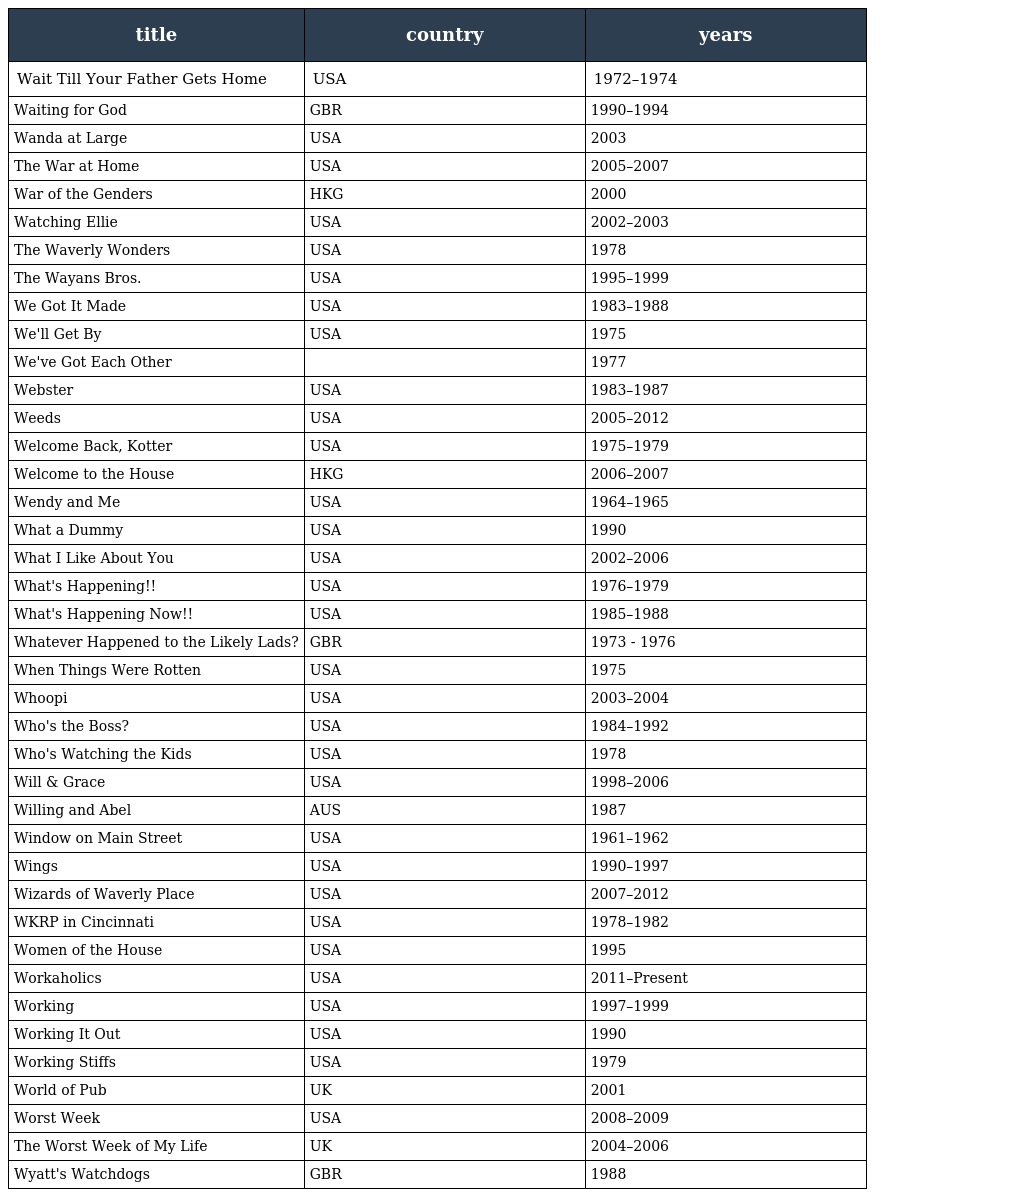
| title | country | years |
 | --- | --- | --- |
 | Wait Till Your Father Gets Home | USA | 1972–1974 |
 | Waiting for God | GBR | 1990–1994 |
 | Wanda at Large | USA | 2003 |
 | The War at Home | USA | 2005–2007 |
 | War of the Genders | HKG | 2000 |
 | Watching Ellie | USA | 2002–2003 |
 | The Waverly Wonders | USA | 1978 |
 | The Wayans Bros. | USA | 1995–1999 |
 | We Got It Made | USA | 1983–1988 |
 | We'll Get By | USA | 1975 |
 | We've Got Each Other |  | 1977 |
 | Webster | USA | 1983–1987 |
 | Weeds | USA | 2005–2012 |
 | Welcome Back, Kotter | USA | 1975–1979 |
 | Welcome to the House | HKG | 2006–2007 |
 | Wendy and Me | USA | 1964–1965 |
 | What a Dummy | USA | 1990 |
 | What I Like About You | USA | 2002–2006 |
 | What's Happening!! | USA | 1976–1979 |
 | What's Happening Now!! | USA | 1985–1988 |
 | Whatever Happened to the Likely Lads? | GBR | 1973 - 1976 |
 | When Things Were Rotten | USA | 1975 |
 | Whoopi | USA | 2003–2004 |
 | Who's the Boss? | USA | 1984–1992 |
 | Who's Watching the Kids | USA | 1978 |
 | Will & Grace | USA | 1998–2006 |
 | Willing and Abel | AUS | 1987 |
 | Window on Main Street | USA | 1961–1962 |
 | Wings | USA | 1990–1997 |
 | Wizards of Waverly Place | USA | 2007–2012 |
 | WKRP in Cincinnati | USA | 1978–1982 |
 | Women of the House | USA | 1995 |
 | Workaholics | USA | 2011–Present |
 | Working | USA | 1997–1999 |
 | Working It Out | USA | 1990 |
 | Working Stiffs | USA | 1979 |
 | World of Pub | UK | 2001 |
 | Worst Week | USA | 2008–2009 |
 | The Worst Week of My Life | UK | 2004–2006 |
 | Wyatt's Watchdogs | GBR | 1988 |